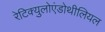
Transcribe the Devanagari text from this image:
रेटिक्युलोएंडोथीलियल